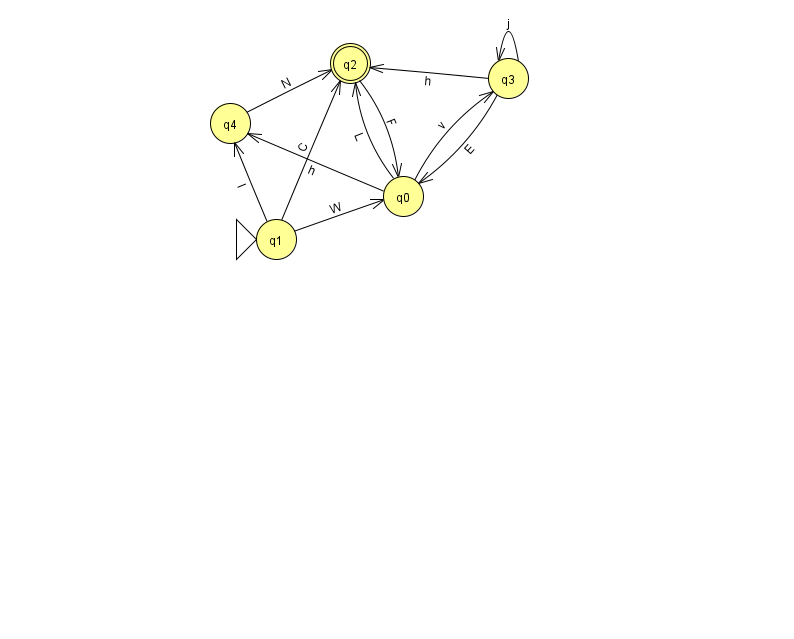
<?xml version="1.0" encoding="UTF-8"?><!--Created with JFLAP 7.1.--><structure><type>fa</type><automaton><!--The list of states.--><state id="0" name="q0"><x>403.0</x><y>183.0</y></state><state id="1" name="q1"><x>276.0</x><y>226.0</y><initial/></state><state id="2" name="q2"><x>350.0</x><y>50.0</y><final/></state><state id="3" name="q3"><x>508.0</x><y>65.0</y></state><state id="4" name="q4"><x>230.0</x><y>110.0</y></state><!--The list of transitions.--><transition><from>1</from><to>4</to><read>l</read></transition><transition><from>0</from><to>2</to><read>L</read></transition><transition><from>3</from><to>0</to><read>E</read></transition><transition><from>1</from><to>2</to><read>C</read></transition><transition><from>3</from><to>2</to><read>h</read></transition><transition><from>0</from><to>3</to><read>v</read></transition><transition><from>4</from><to>2</to><read>N</read></transition><transition><from>2</from><to>0</to><read>F</read></transition><transition><from>3</from><to>3</to><read>j</read></transition><transition><from>1</from><to>0</to><read>W</read></transition><transition><from>0</from><to>4</to><read>h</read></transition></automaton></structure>